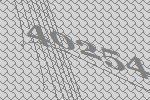
40254